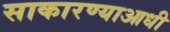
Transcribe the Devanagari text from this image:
साकारण्याआधी